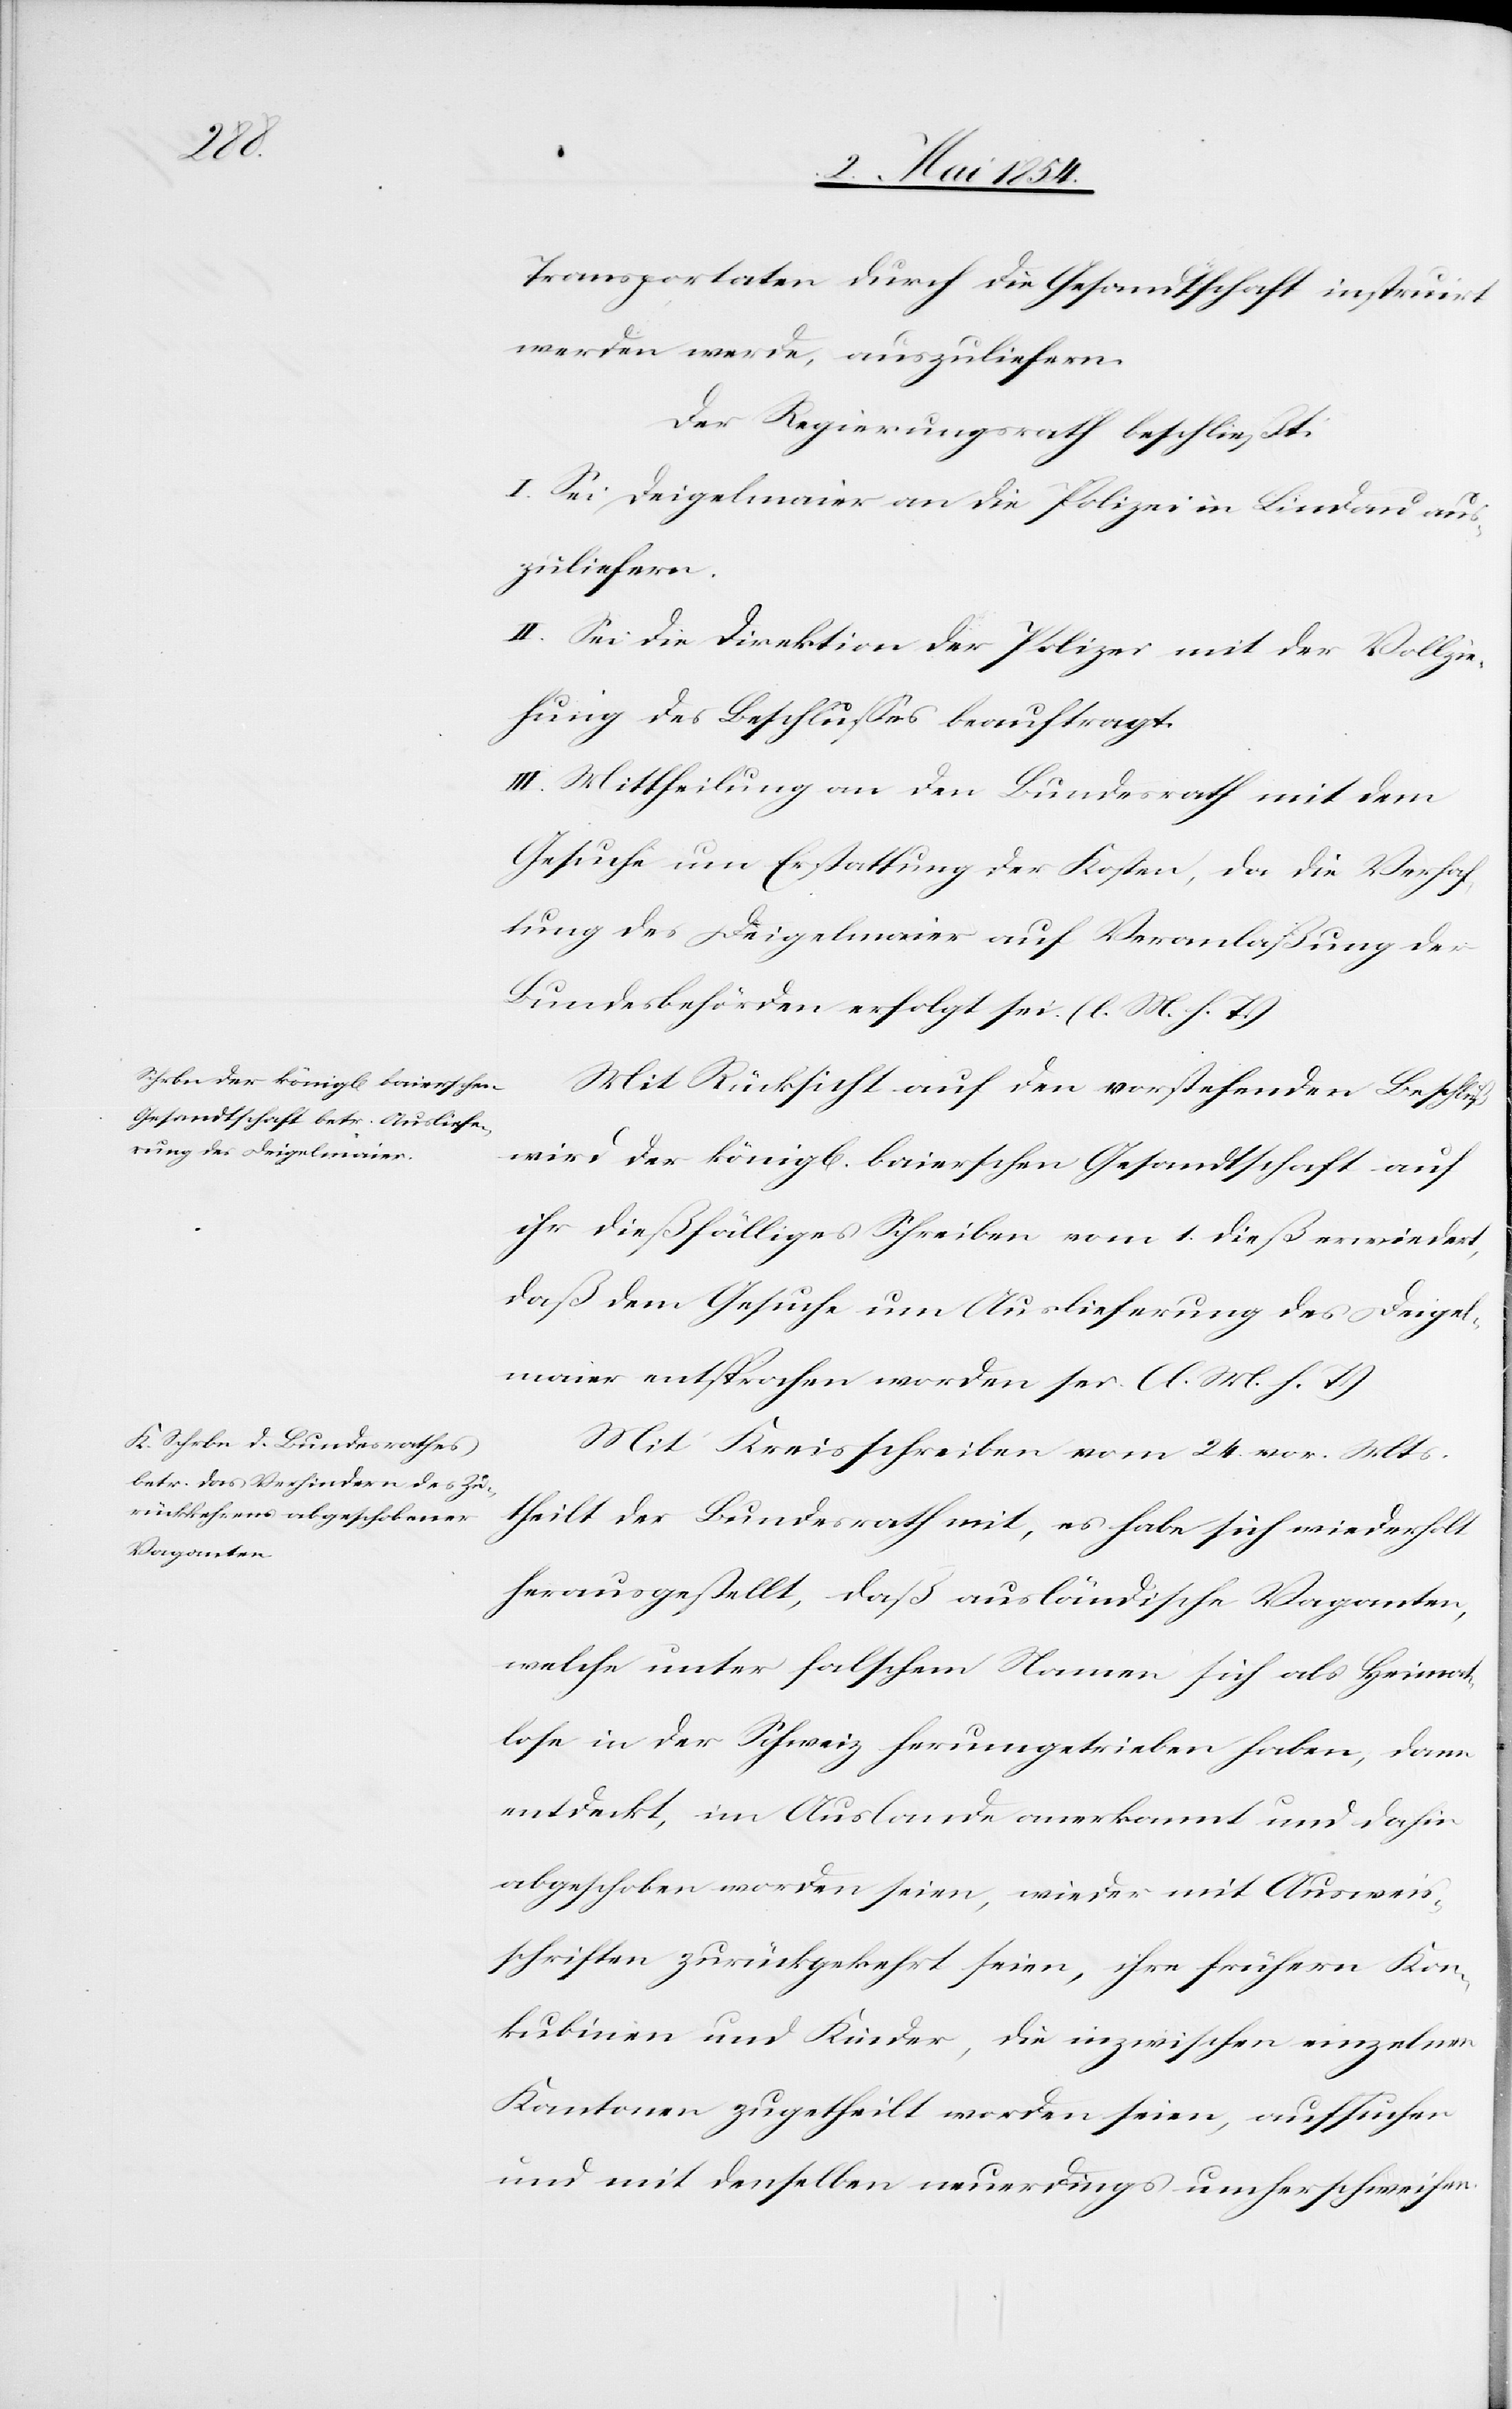
Transportaten durch die Gesandtschaft instruirt
werden werde, auszuliefern.
Der Regierungsrath beschließt:
I. Sei Deigelmaier an die Polizei in Lindau aus¬
zuliefern.
II. Sei die Direktion der Polizei mit der Vollzie¬
hung des Beschlußes beauftragt.
III. Mittheilung an den Bundesrath mit dem
Gesuche um Erstattung der Kosten, da die Verhaf¬
tung des Deigelmaier auf Veranlaßung der
Bundesbehörden erfolgt sei. (l. M. h. T.)
Mit Rücksicht auf den vorstehenden Beschluß
wird der königl. baierschen Gesandtschaft auf
ihr dießfälliges Schreiben vom 1. dieß erwiedert,
daß dem Gesuche um Auslieferung des Deigel¬
maier entsprochen worden sei. (l. M. h. T.)
Mit Kreisschreiben vom 24. vor. Mts.
theilt der Bundesrath mit, es habe sich wiederholt
herausgestellt, daß ausländische Vaganten,
welche unter falschem Namen sich als Heimat¬
lose in der Schweiz herumgetrieben haben, dann
entdeckt, im Auslande anerkannt und dahin
abgeschoben worden seien, wieder mit Auswei¬
sschriften zurückkehrt seien, ihre früheren Kon¬
kubinen und Kinder, die inzwischen einzelnen
Kantonen zugetheilt worden seien, aufsuchen
und mit denselben neuerdings umherschweifen.